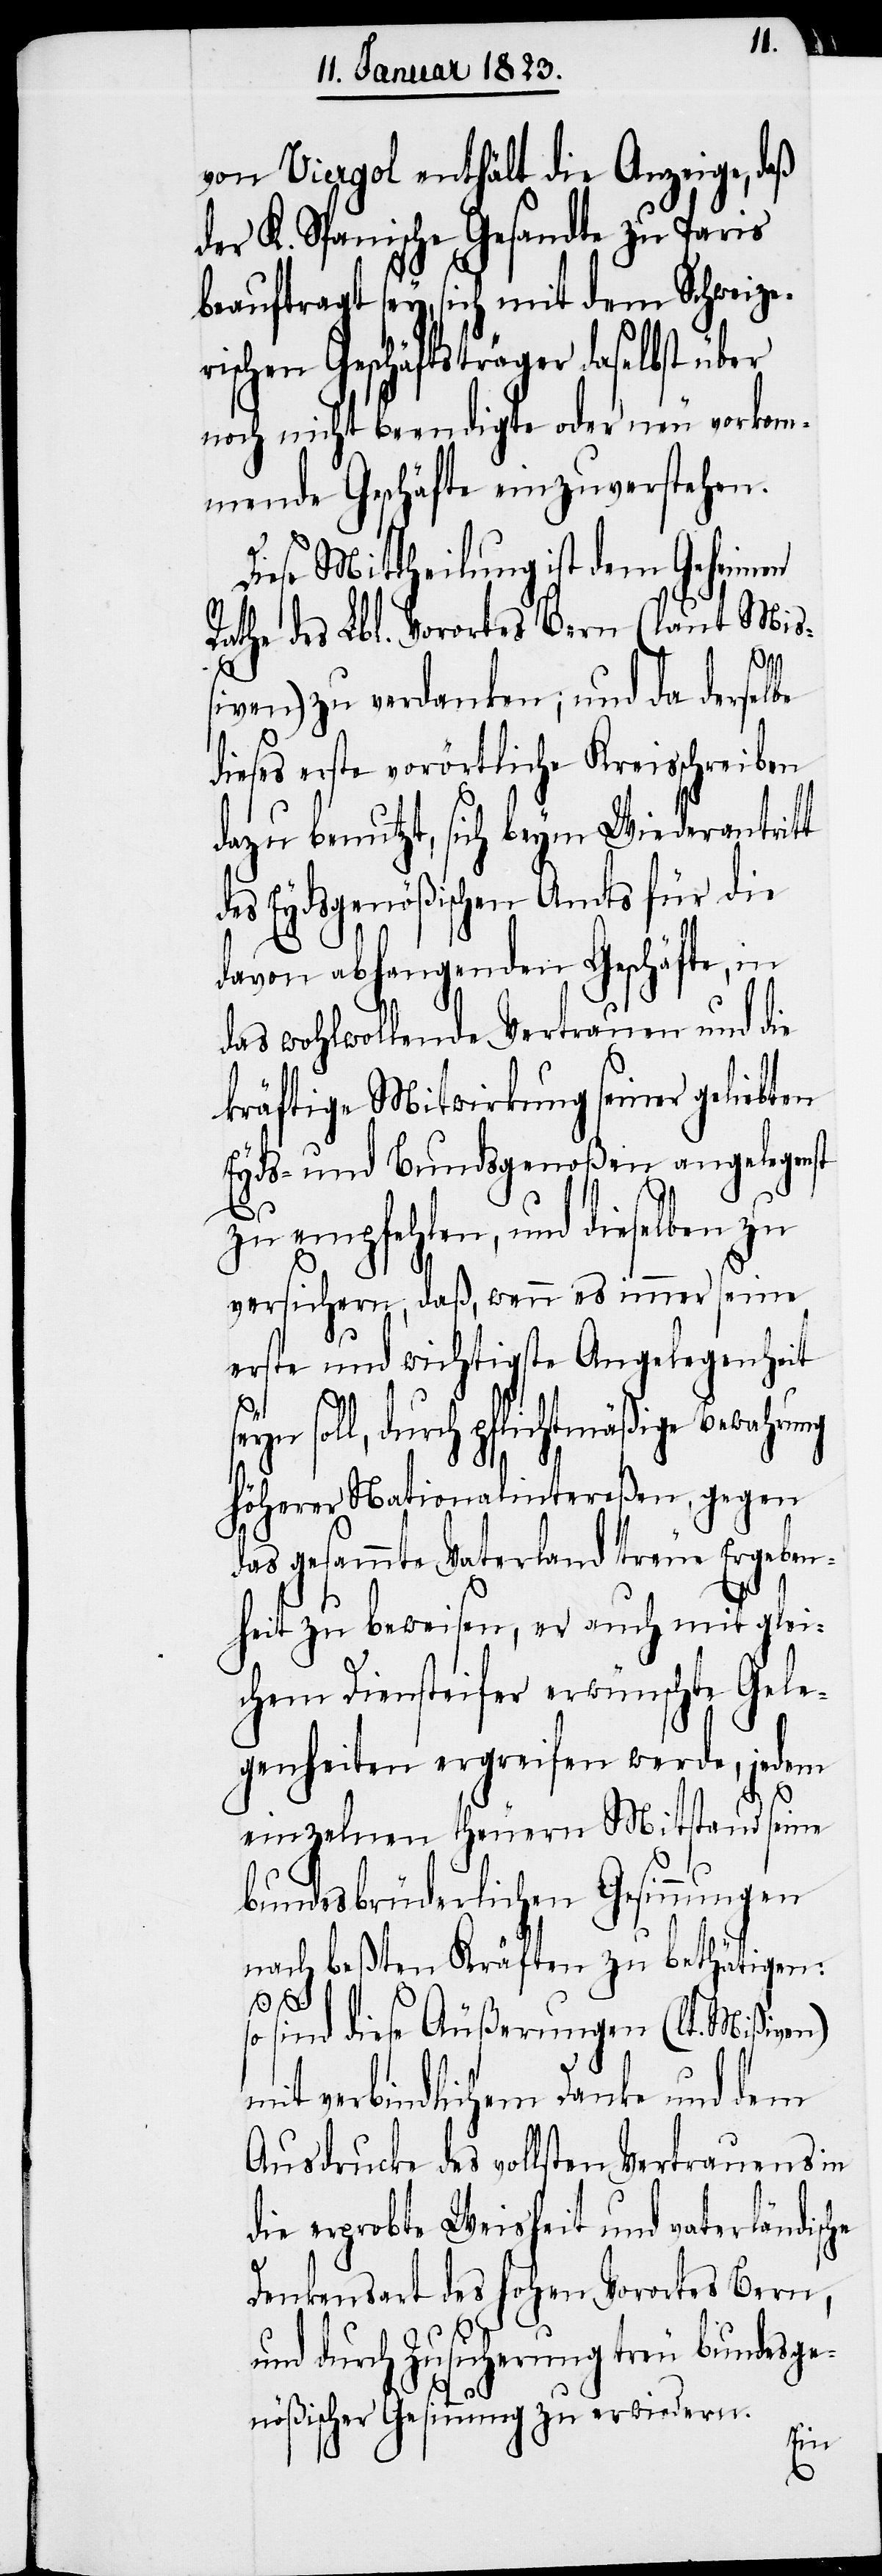
von Viergol enthält die Anzeige, daß
der K. Spanische Gesandte zu Paris
beauftragt sey, sich mit dem Schweize¬
rischen Geschäftsträger daselbst über
noch nicht beendigte oder neu vorkom¬
mende Geschäfte einzuverstehen.
Diese Mittheilung ist dem Geheimen
Rathe des Lbl. Vorortes Bern (laut Miß¬
iven) zu verdanken; und da derselbe
dieses erste vorörtliche Kreisschreiben
dazu benutzt, sich beym Wiederantritt
des Eydsgenößischen Amts für die
davon abhangenden Geschäfte, in
das wohlwollende Vertrauen und die
kräftige Mitwirkung seiner geliebten
Eyds- und Bundsgenoßen angelegenst
zu empfehlen, und dieselben zu
versichern, daß, wenn es immer seine
erste und wichtigste Angelegenheit
seyn
soll, durch pflichtmäßige Bewahrung
höherer Nationalintereßen, gegen
das gesammte Vaterland treue Ergeben¬
heit zu beweisen, er auch mit glei¬
chem Diensteifer erwünschte Gele¬
genheiten ergreifen werde, jedem
einzelnen theuern Mitstand seine
bundesbrüderlichen Gesinnungen
nach beßten Kräften zu bethätigen:
so sind diese Äußerungen (lt. Mißiven)
mit verbindlichem Danke und dem
Ausdrucke des vollsten Vertrauens in
die erprobte Weisheit und vaterländische
Denkensart des hohen Vorortes Bern,
und durch Zusicherung treu bundesge¬
nößischer Gesinnung zu erwiedern.